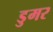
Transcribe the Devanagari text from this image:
डुमर